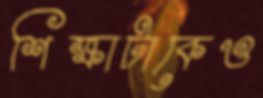
শিক্ষাটাকেও